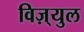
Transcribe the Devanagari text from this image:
विज़्युल